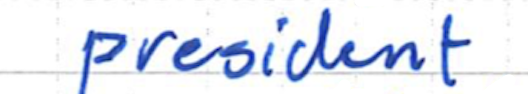
Text: president
Cross-out: clean
Writing tool: ballpoint